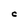
Character: C